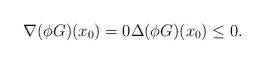
LaTeX: \begin{align*}\nabla(\phi G)(x_{0})=0 \Delta (\phi G)(x_{0}) \leq 0.\end{align*}